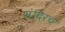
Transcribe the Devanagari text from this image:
मंदिरच